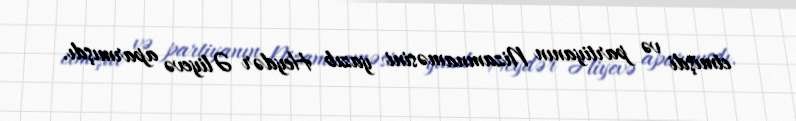
etmişdi və partiyanın Nizamnaməsini yazıb Heydər Əliyevə aparmışdı.